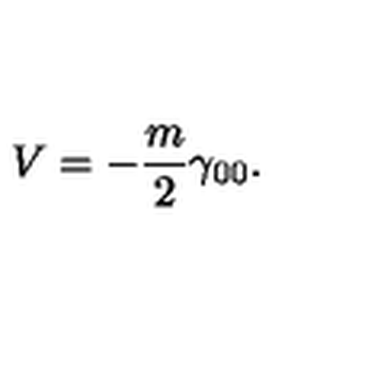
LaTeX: V = - \frac { m } 2 \gamma _ { 0 0 } .